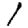
Digit: 1